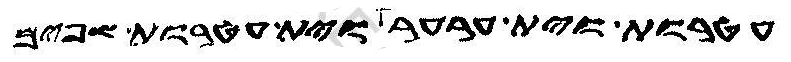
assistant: עטרות וית ערער וית עטרות שפים